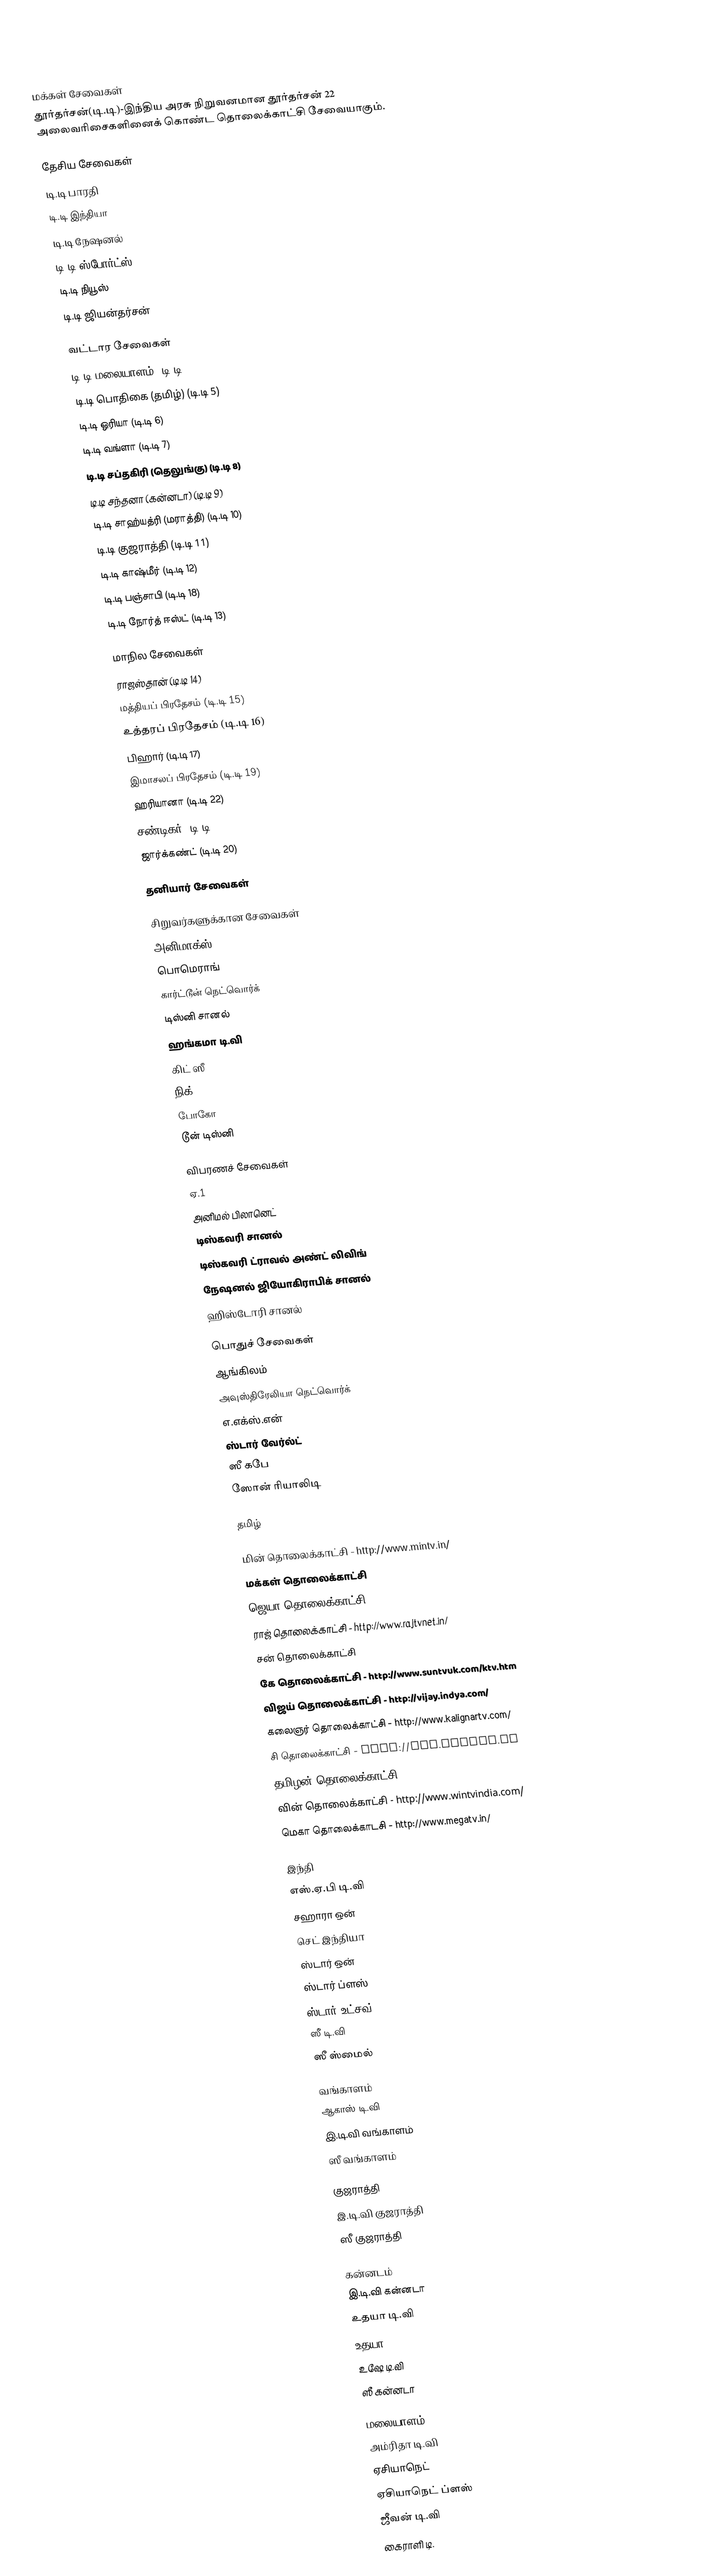
Iden arsaseen tolakaitchi

மக்கள் சேவைகள்
தூர்தர்சன்(டி.டி)-இந்திய அரசு நிறுவனமான தூர்தர்சன் 22 அலைவரிசைகளினைக் கொண்ட தொலைக்காட்சி சேவையாகும்.

தேசிய சேவைகள்
டி.டி பாரதி
டி.டி இந்தியா
டி.டி நேஷனல்
டி.டி ஸ்போர்ட்ஸ்
டி.டி நியூஸ்
டி.டி ஜியன்தர்சன்

வட்டார சேவைகள்
டி.டி மலையாளம் (டி.டி 4)
டி.டி பொதிகை (தமிழ்) (டி.டி 5)
டி.டி ஒரியா (டி.டி 6)
டி.டி வங்ளா (டி.டி 7)
டி.டி சப்தகிரி (தெலுங்கு) (டி.டி 8)
டி.டி சந்தனா (கன்னடா) (டி.டி 9)
டி.டி சாஹ்யத்ரி (மராத்தி) (டி.டி 10)
டி.டி குஜராத்தி (டி.டி 11)
டி.டி காஷ்மீர் (டி.டி 12)
டி.டி பஞ்சாபி (டி.டி 18)
டி.டி நோர்த் ஈஸ்ட் (டி.டி 13)

மாநில சேவைகள்
ராஜஸ்தான் (டி.டி 14)
மத்தியப் பிரதேசம் (டி.டி 15)
உத்தரப் பிரதேசம் (டி.டி 16)
பிஹார்  (டி.டி 17)
இமாசலப் பிரதேசம்  (டி.டி 19)
ஹரியானா (டி.டி 22)
சண்டிகர் (டி.டி 21)
ஜார்க்கண்ட் (டி.டி 20)

தனியார் சேவைகள்

சிறுவர்களுக்கான சேவைகள்
அனிமாக்ஸ்
பொமெராங்
கார்ட்டூன் நெட்வொர்க்
டிஸ்னி சானல்
ஹங்கமா டி.வி
கிட் ஸீ
நிக்
போகோ
டூன் டிஸ்னி

விபரணச் சேவைகள்
ஏ.1
அனிமல் பிலானெட்
டிஸ்கவரி சானல்
டிஸ்கவரி ட்ராவல் அண்ட் லிவிங்
நேஷனல் ஜியோகிராபிக் சானல்
ஹிஸ்டோரி சானல்

பொதுச் சேவைகள்
ஆங்கிலம்
அவுஸ்திரேலியா நெட்வொர்க்
எ.எக்ஸ்.என்
ஸ்டார் வேர்ல்ட்
ஸீ கபே
ஸோன் ரியாலிடி

தமிழ்

 மின் தொலைக்காட்சி - http://www.mintv.in/
 மக்கள் தொலைக்காட்சி
 ஜெயா தொலைக்காட்சி - http://www.jayanetwork.in/Index.asp
 ராஜ் தொலைக்காட்சி - http://www.rajtvnet.in/
 சன் தொலைக்காட்சி
 கே தொலைக்காட்சி - http://www.suntvuk.com/ktv.htm
 விஜய் தொலைக்காட்சி - http://vijay.indya.com/
 கலைஞர் தொலைக்காட்சி - http://www.kalignartv.com/
 சி தொலைக்காட்சி - http://www.ceeitv.tv
 தமிழன் தொலைக்காட்சி - http://www.tamilantelevision.com/
 வின் தொலைக்காட்சி - http://www.wintvindia.com/
 மெகா தொலைக்காடசி - http://www.megatv.in/

இந்தி
எஸ்.ஏ.பி டி.வி
சஹாரா ஒன்
செட் இந்தியா
ஸ்டார் ஒன்
ஸ்டார் ப்ளஸ்
ஸ்டார் உட்சவ்
ஸீ டி.வி
ஸீ ஸ்மைல்

வங்காளம்
ஆகாஸ் டி.வி
இ.டி.வி வங்காளம்
ஸீ வங்காளம்

குஜராத்தி
இ.டி.வி குஜராத்தி
ஸீ குஜராத்தி

கன்னடம்
இ.டி.வி கன்னடா
உதயா டி.வி
உதயா 2
உஷே டி.வி
ஸீ கன்னடா

மலையாளம்
அம்ரிதா டி.வி
ஏசியாநெட்
ஏசியாநெட் ப்ளஸ்
ஜீவன் டி.வி
கைராளி டி.